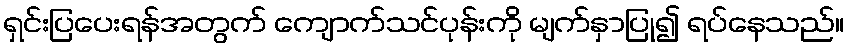
ရှင်းပြပေးရန်အတွက် ကျောက်သင်ပုန်းကို မျက်နှာပြု၍ ရပ်နေသည်။